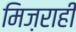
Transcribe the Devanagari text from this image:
मिज़राही